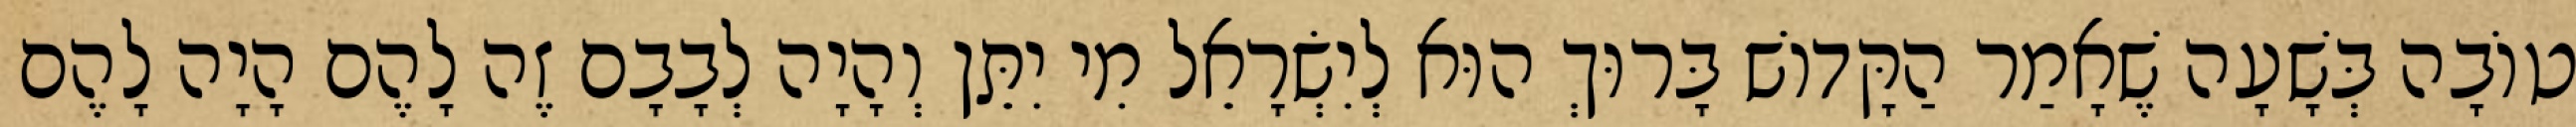
טוֹבָה בְּשָׁעָה שֶׁאָמַר הַקָּדוֹשׁ בָּרוּךְ הוּא לְיִשְׂרָאֵל מִי יִתֵּן וְהָיָה לְבָבָם זֶה לָהֶם הָיָה לָהֶם